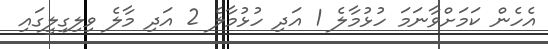
އެހެން ކަމަށްވާނަމަ ހުޅުމާލެ 1 އަދި ހުޅުމާލެ 2 އަދި މާލެ ވިލިގިލީގައި